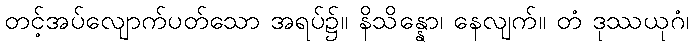
တင့်အပ်လျောက်ပတ်သော အရပ်၌။ နိသိန္နော၊ နေလျက်။ တံ ဒုဿယုဂံ၊